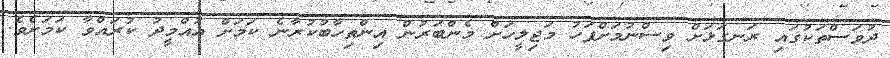
ދުވަސްތަކުގައި ރަނގަޅަށް ވިސްނުމަށްފަހު މަޖިލީހަށް މެންބަރުން އިންތިހާބުކުރާނެ ކަމަށް އުއްމީދު ކުރައްވާ ކަމަށެވެ.